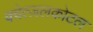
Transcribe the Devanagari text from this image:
क्वेत्ज़लकोटल